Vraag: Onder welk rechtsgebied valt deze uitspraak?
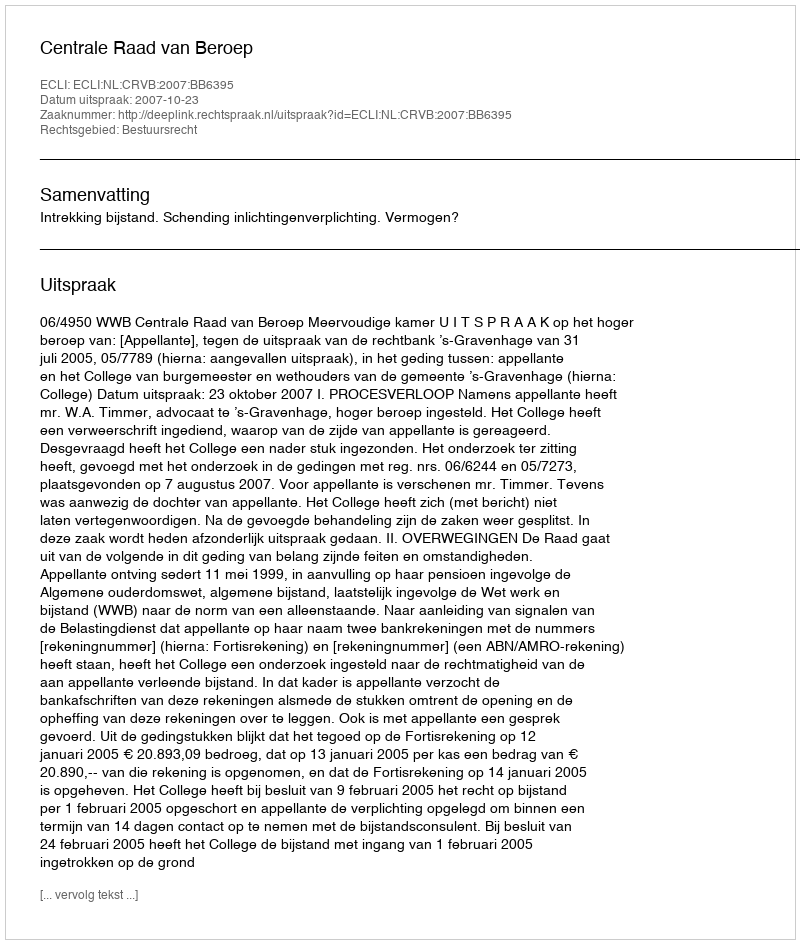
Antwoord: Bestuursrecht